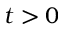
t > 0